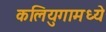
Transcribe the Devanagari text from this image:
कलियुगामध्ये